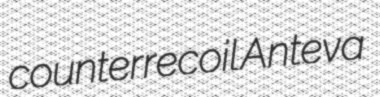
counterrecoil Anteva